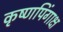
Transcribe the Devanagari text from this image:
कृष्णपिंगाक्ष